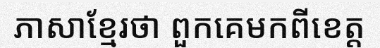
ភាសាខ្មែរថា ពួកគេមកពីខេត្ត